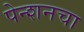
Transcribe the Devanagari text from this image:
पेन्शनचा